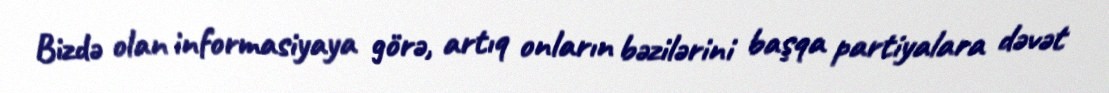
Bizdə olan informasiyaya görə, artıq onların bəzilərini başqa partiyalara dəvət